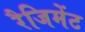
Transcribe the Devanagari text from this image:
रैजिमेंट